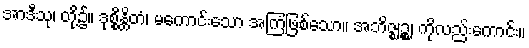
အာဒီသု၊ တို့၌။ ဒုစ္စိန္တိတံ၊ မကောင်းသော အကြံဖြစ်သော။ အဘိဇ္ဈဉ္စ၊ ကိုလည်းကောင်း။